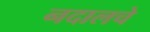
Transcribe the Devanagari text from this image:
नदालचे